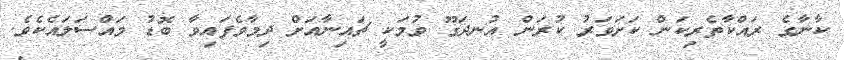
ކާނާގެ ރައްކާތެރިކަން ކަށަވަރު ކުރަން އުނދަގޫ ވުމަކީ ޗައިނާއަށް ދިމާވެފައިވާ ބޮޑު މައްސަލައެކެވެ.